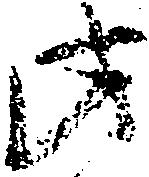
此